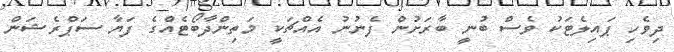
ދިވެހި ޕައިލެޓަކު ވެސް ބުނީ ބާރަށުން ފެނުނު އެއްޗަކީ މަތިންދާބޯޓެއްގެ ފަޔާ ސަޕްރެޝަން